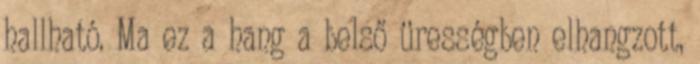
hallható. Ma ez a hang a belső ürességben elhangzott,